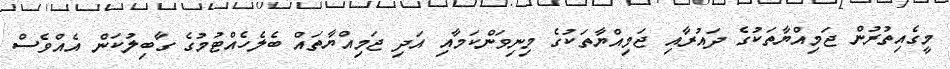
މީގެއިތުރުން ޖަމިއްޔާތަކުގެ ދައުރާއި ޖަމިއްޔާތަކުގެ މިނިވަންކަމާއި އަދި ޖަމިއްޔާތައް ބެލެހެއްޓުމުގެ ގާބިލުކަން އެއްވެސް